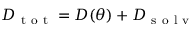
D _ { \mathrm { ~ t ~ o ~ t ~ } } = D ( \theta ) + D _ { \mathrm { ~ s ~ o ~ l ~ v ~ } }